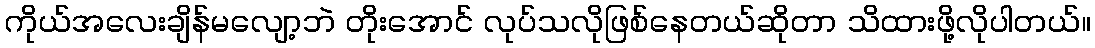
ကိုယ်အလေးချိန်မလျော့ဘဲ တိုးအောင် လုပ်သလိုဖြစ်နေတယ်ဆိုတာ သိထားဖို့လိုပါတယ်။